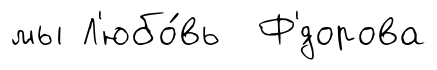
мы Л'юбо́вь Ф'́дорова